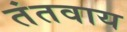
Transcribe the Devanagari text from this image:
तंतवाय